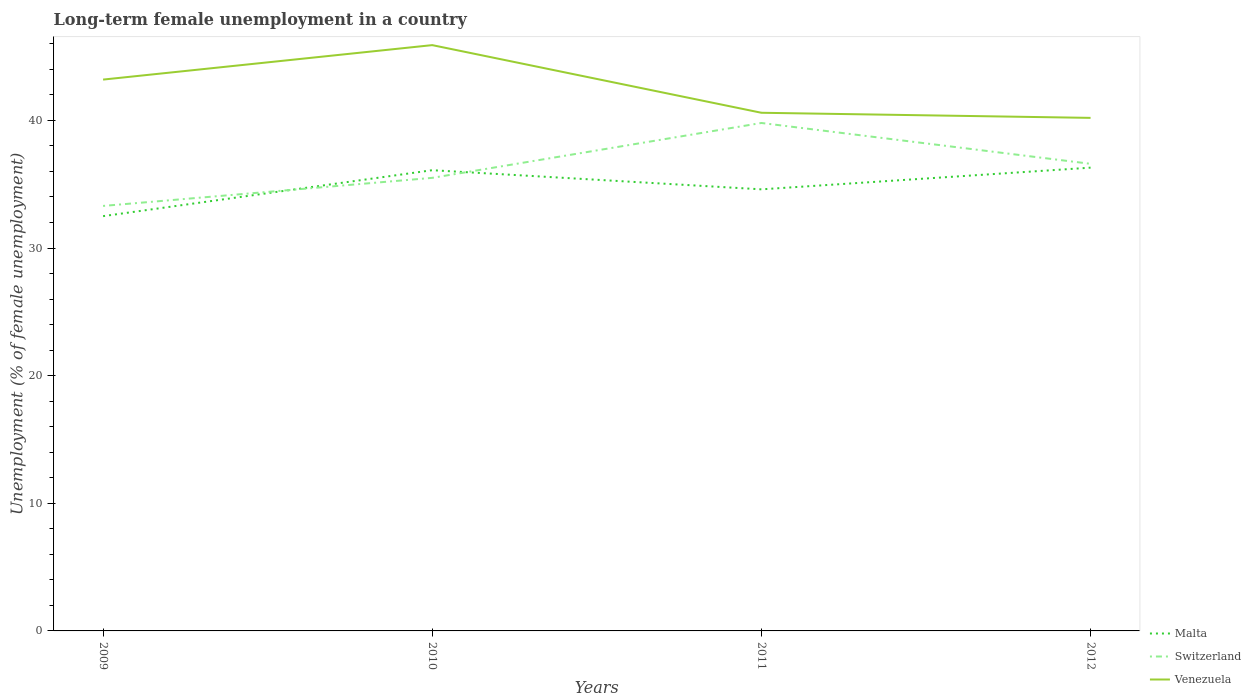
| Years | Malta | Switzerland | Venezuela |
 | --- | --- | --- | --- |
 | 2009 | 32.5 | 33.3 | 43.2 |
 | 2010 | 36.1 | 35.5 | 45.9 |
 | 2011 | 34.6 | 39.8 | 40.6 |
 | 2012 | 36.3 | 36.6 | 40.2 |